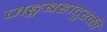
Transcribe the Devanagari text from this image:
जङ्गबहादुरकी